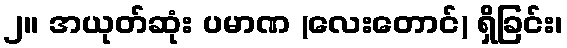
၂။ အယုတ်ဆုံး ပမာဏ (လေးတောင်) ရှိခြင်း၊